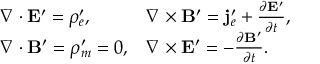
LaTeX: \begin{array} { l l } { { \nabla \cdot \mathbf { E } ^ { \prime } = \rho _ { e } ^ { \prime } , } } & { { \nabla \times \mathbf { B } ^ { \prime } = \mathbf { j } _ { e } ^ { \prime } + \frac { \partial \mathbf { E ^ { \prime } } } { \partial t } , } } \\ { { \nabla \cdot \mathbf { B } ^ { \prime } = \rho _ { m } ^ { \prime } = 0 , } } & { { \nabla \times \mathbf { E } ^ { \prime } = - \frac { \partial \mathbf { B ^ { \prime } } } { \partial t } . } } \end{array}